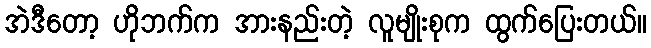
အဲဒီတော့ ဟိုဘက်က အားနည်းတဲ့ လူမျိုးစုက ထွက်ပြေးတယ်။